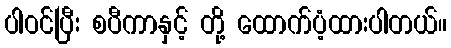
ပါဝင်ပြီး စပီကာနှင့် တို့ ထောက်ပံ့ထားပါတယ်။